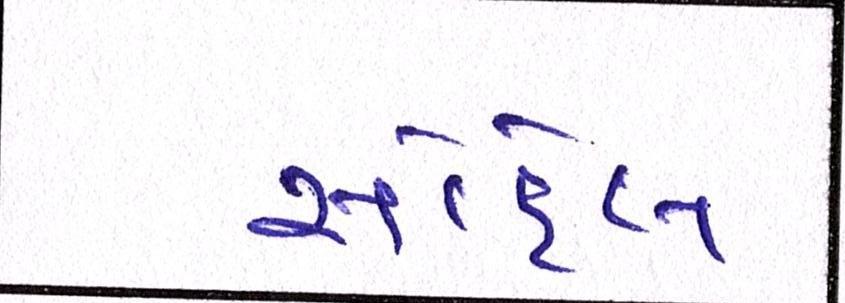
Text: સોહેલ